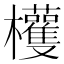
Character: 𣡀